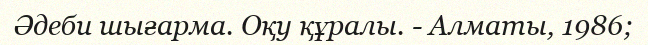
Әдеби шығарма. Оқу құралы. - Алматы, 1986;